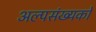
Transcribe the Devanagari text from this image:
अल्पसंख्यकोँ